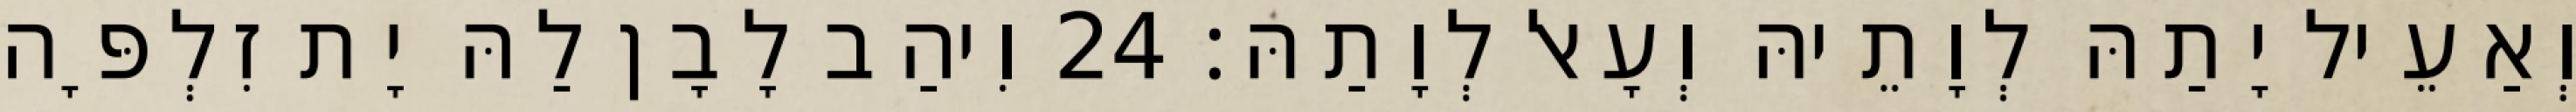
וְאַעֵיל יָתַהּ לְוָתֵיהּ וְעָאל לְוָתַהּ׃ 24 וִיהַב לָבָן לַהּ יָת זִלְפָּה